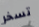
تسخر